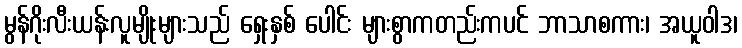
မွန်ဂိုးလီးယန်းလူမျိုးများသည် ရှေးနှစ် ပေါင်း များစွာကတည်းကပင် ဘာသာစကား၊ အယူဝါဒ၊